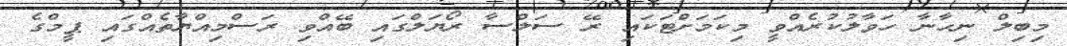
މިބިލް ނިހާނާ ހަވާލުކުރެއްވީ މިކަމަށްޓަކައި ރޭ ސަލްސާ ރޯޔަލްގައި ބޭއްވި ރަސްމިއްޔާތެއްގައި ޕީމްގެ